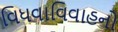
વિધવાવિવાહનો